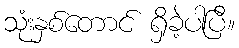
သုံးနှစ်တောင် ရှိခဲ့ပါပြီ။